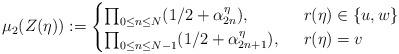
LaTeX: \begin{align*} \mu_2( Z(\eta) ): = \begin{cases} \prod_{0\leq n \leq N} ( 1/2 + \alpha_{2n} ^\eta), & \;\; r(\eta) \in \{ u, w\} \\ \prod_{0\leq n\leq N-1 } ( 1/2 + \alpha_{2n+1} ^\eta), &\;\; r(\eta) = v \end{cases}\end{align*}